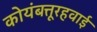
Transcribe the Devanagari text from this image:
कोयंबत्तूरहवाई